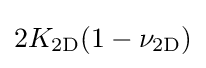
2K_{\mathrm {2D} }(1-\nu _{\mathrm {2D} })